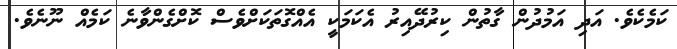
ކަމެކެވެ. އަދި އަމުދުން ގާތުން ކިރުދޭއިރު އެކަމަކީ އެއްގޮތަކަށްވެސް ކޮށްގެންވާނެ ކަމެއް ނޫނެވެ.